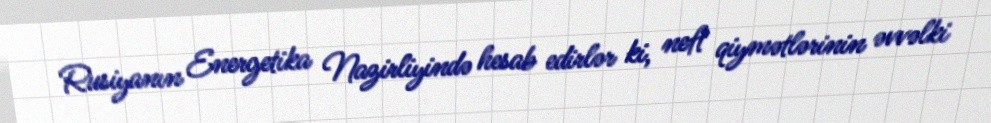
Rusiyanın Energetika Nazirliyində hesab edirlər ki, neft qiymətlərinin əvvəlki